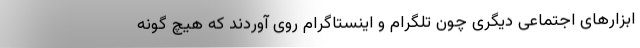
ابزارهای اجتماعی دیگری چون تلگرام و اینستاگرام روی آوردند که هیچ گونه